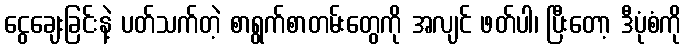
ငွေချေးခြင်းနဲ့ ပတ်သက်တဲ့ စာရွက်စာတမ်းတွေကို အလျင် ဖတ်ပါ၊ ပြီးတော့ ဒီပုံစံကို